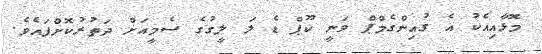
މޮޅާއިއެކު އެ ގުުއިންގެމްޕް ވަނީ ކޫޕް ޑެ ލަ ލީގުގެ ސެމީއަށް ދަތުރުކޮށްފައެވެ.